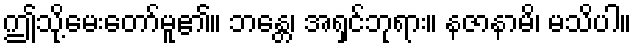
ဤသို့မေးတော်မူ၏။ ဘန္တေ၊ အရှင်ဘုရား။ နဇာနာမိ၊ မသိပါ။